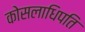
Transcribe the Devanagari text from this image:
कोसलाधिपति